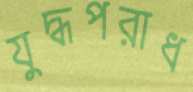
যুদ্ধপরাধ